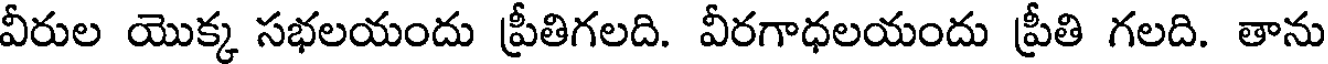
వీరుల యొక్క సభలయందు ప్రీతిగలది. వీరగాధలయందు ప్రీతి గలది. తాను